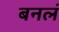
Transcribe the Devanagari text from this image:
बनलं